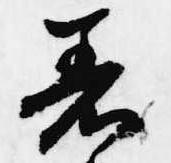
着